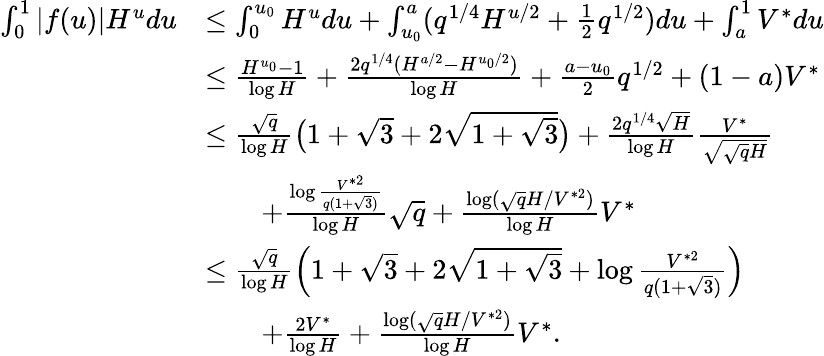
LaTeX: \begin{array}{rl}{\int_{0}^{1}|f(u)|H^{u}du}&{\le\int_{0}^{u_{0}}H^{u}du+\int_{u_{0}}^{a}(q^{1/4}H^{u/2}+\frac 12q^{1/2})du+\int_{a}^{1}V^{*}du}\\ &{\le\frac{H^{u_{0}}-1}{\log H}+\frac{2q^{1/4}(H^{a/2}-H^{u_{0}/2})}{\log H}+\frac{a-u_{0}}{2}q^{1/2}+(1-a)V^{*}}\\ &{\le\frac{\sqrt{q}}{\log H}\bigl(1+\sqrt{3}+2\sqrt{1+\sqrt{3}}\bigr)+\frac{2q^{1/4}\sqrt{H}}{\log H}\frac{V^{*}}{\sqrt{\sqrt{q}H}}}\\ &{\qquad+\frac{\log\frac{V^{*2}}{q(1+\sqrt{3})}}{\log H}\sqrt{q}+\frac{\log(\sqrt{q}H/V^{*2})}{\log H}V^{*}}\\ &{\le\frac{\sqrt{q}}{\log H}\left(1+\sqrt{3}+2\sqrt{1+\sqrt{3}}+\log\frac{V^{*2}}{q(1+\sqrt{3})}\right)}\\ &{\qquad+\frac{2V^{*}}{\log H}+\frac{\log(\sqrt{q}H/V^{*2})}{\log H}V^{*}.}\end{array}